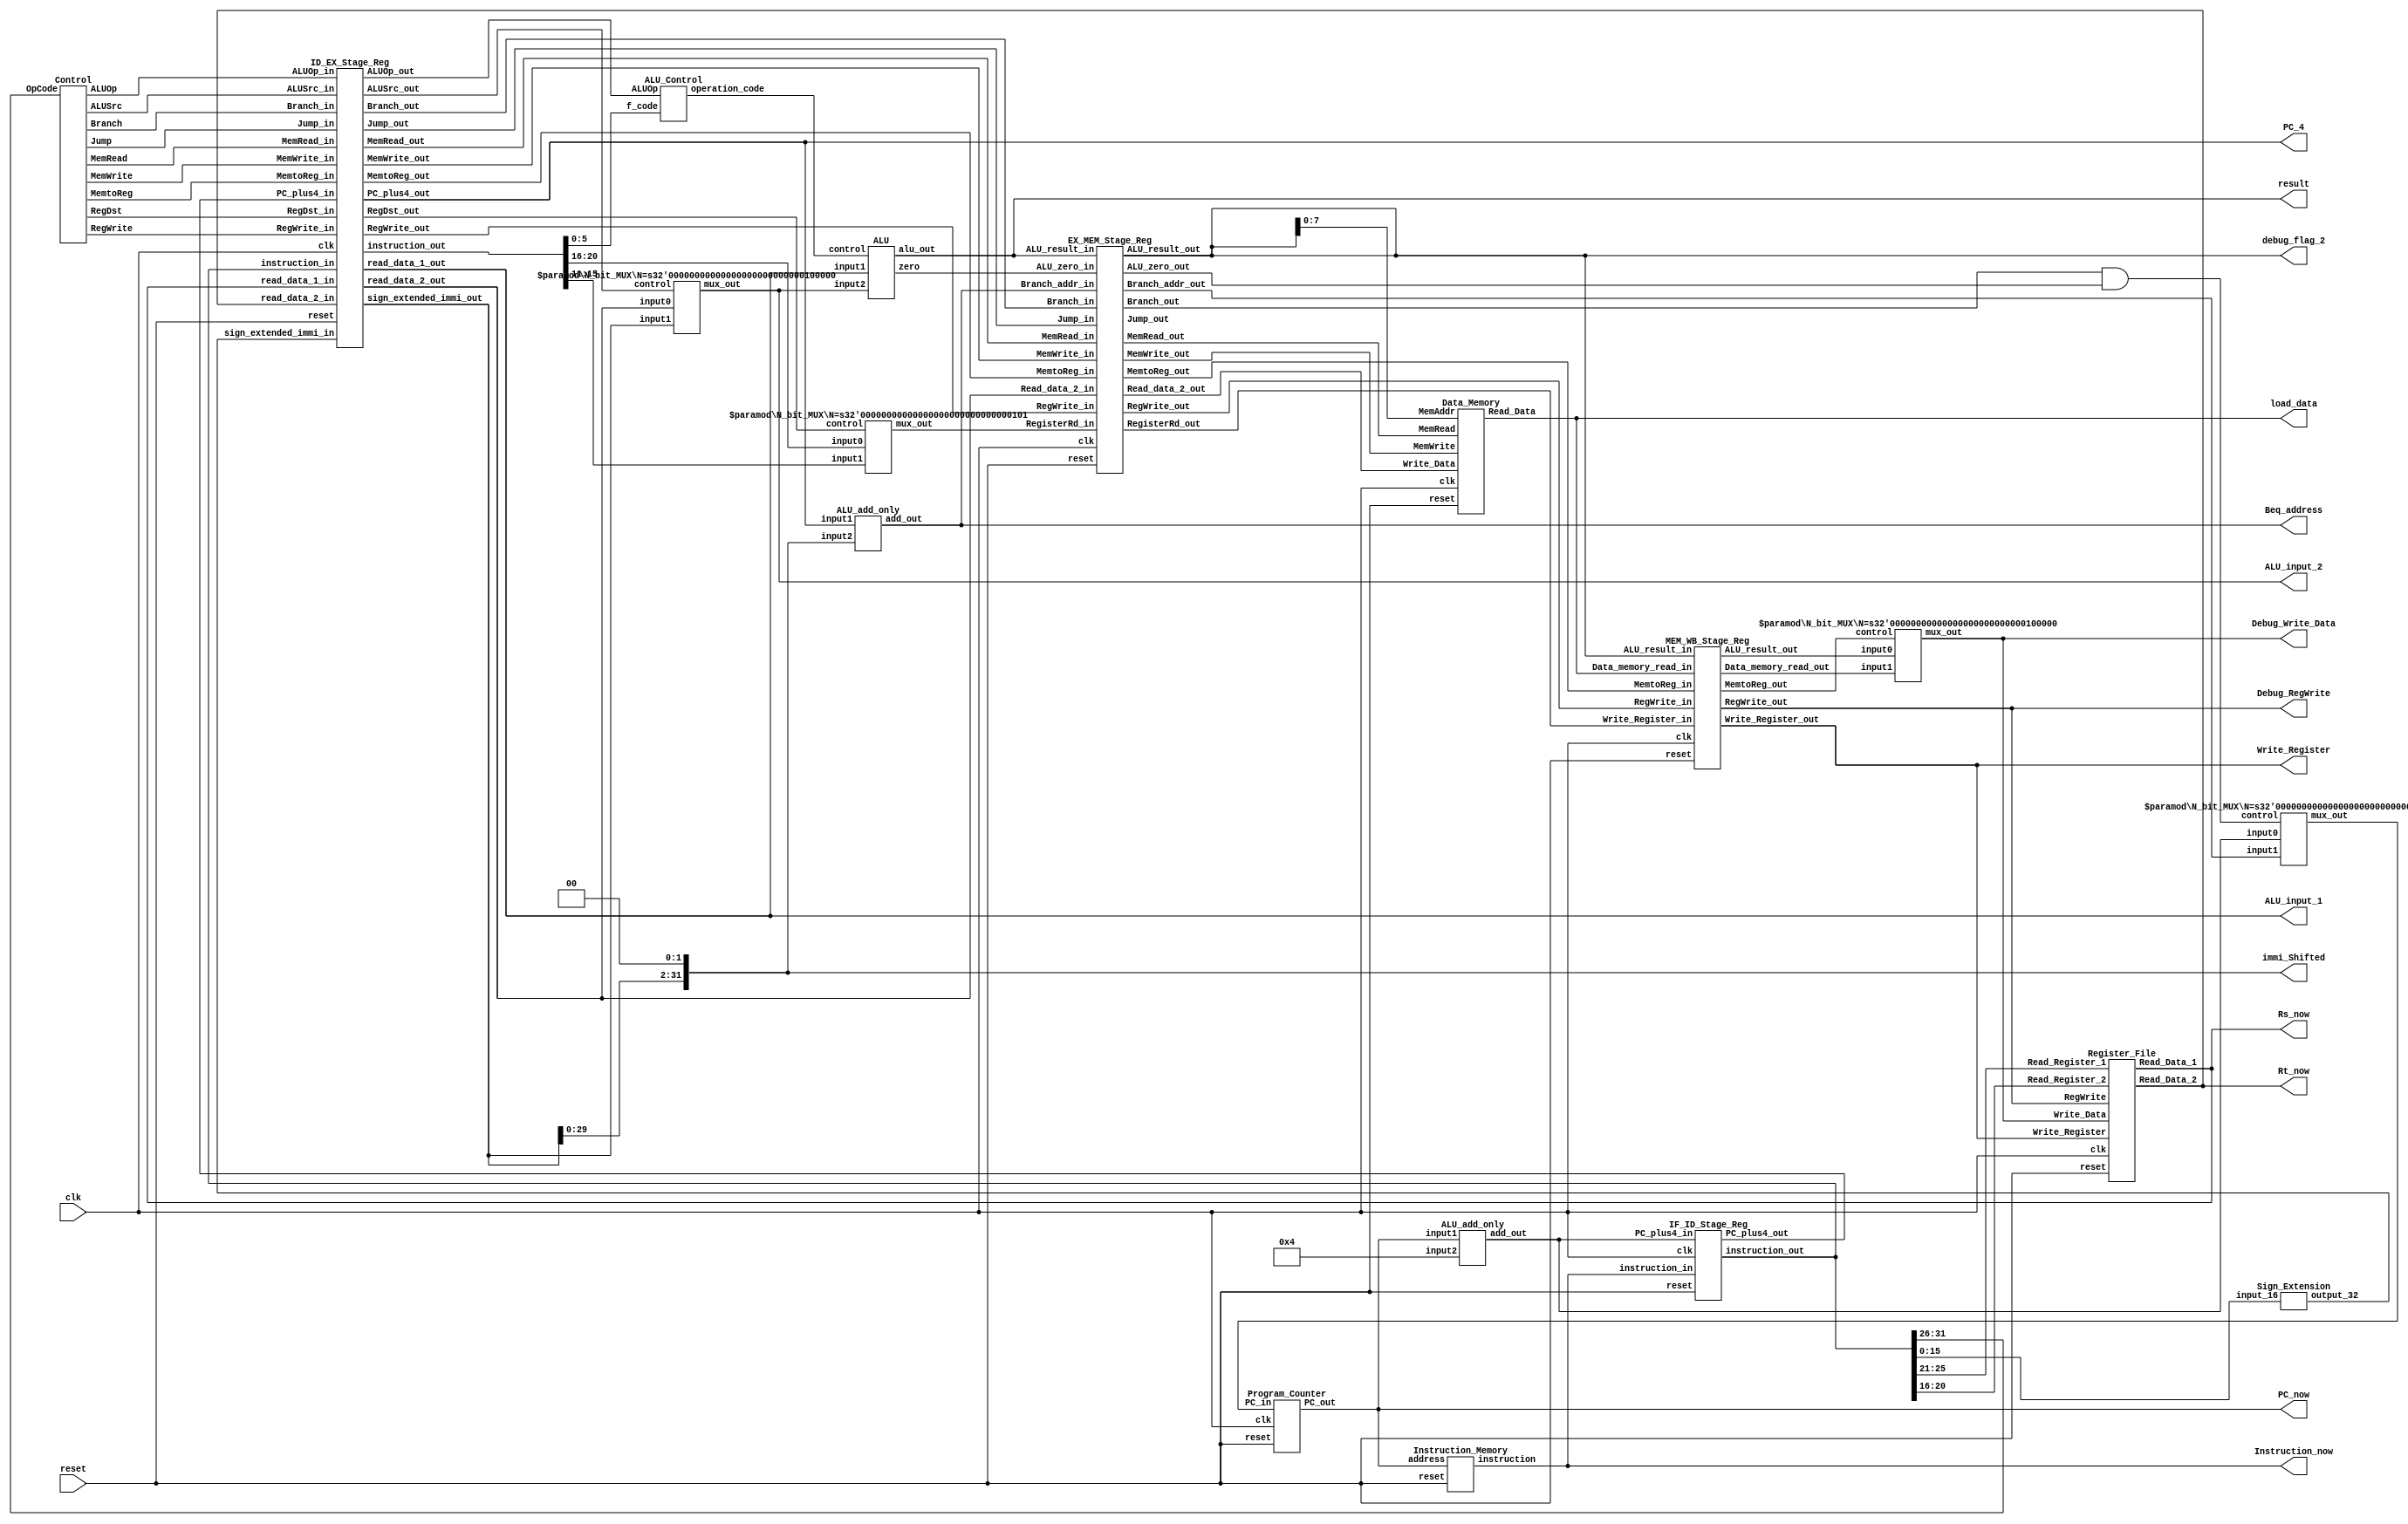
`timescale 1ns / 1ps
//////////////////////////////////////////////////////////////////////////////////
// Company: Hanyang Univ.
// 
// Design Name: 
// Module Name:    single_cycle_main 
// Project Name: 
// Target Devices: 
// Tool versions: 
// Description: 
//
// Dependencies: 
//
// Revision: 
// Revision 0.01 - File Created
// Additional Comments: 
// 
//////////////////////////////////////////////////////////////////////////////////

module basic_pipeline (clk, reset, result, PC_now, Instruction_now,
	Rs_now, Rt_now, ALU_input_1, ALU_input_2, immi_Shifted, PC_4,
	load_data, Beq_address, Write_Register,
	debug_flag_2, Debug_RegWrite, Debug_Write_Data);

	input clk, reset;
	output [31:0] result, load_data; // ALU result, Data_memory_read
	output [31:0] PC_now; // current PC value Debugging,  
	output [31:0] Instruction_now; // Fetch stage instruction 
	output [31:0] Rs_now, Rt_now; // output from Register File 
	output [31:0] ALU_input_1, ALU_input_2; // ALU inputs
	output [31:0] PC_4, Beq_address, immi_Shifted; // for Branch Address Debugging
	output [4:0] Write_Register; // Rd value
	output [31:0] debug_flag_2, Debug_Write_Data; // ALU_result in MEM stage, Write_Data for Register File
	output Debug_RegWrite; // RegWrite Op Flag

	// IF stage
	wire [31:0] PC_in;
	wire [31:0] PC_out;
	wire [31:0] PC_plus4;
	wire [31:0] IF_instruction;

	// ID stage
	wire [31:0] ID_PC_plus4;
	wire [31:0] ID_instruction;
	wire [31:0] Read_data_1, Read_data_2;
	wire [31:0] sign_extended_immi;
	wire ALUSrc, RegWrite;
	wire RegDst, Jump, Branch;
	wire MemRead, MemtoReg, MemWrite;
	wire [1:0] ALUOp;

	// EX stage
	wire [31:0] EX_PC_plus4;
	wire [31:0] EX_instruction;
	wire [31:0] EX_Read_data_1, EX_Read_data_2;
	wire [31:0] EX_sign_extended_immi;
	wire EX_ALUSrc, EX_RegWrite;
	wire EX_RegDst, EX_Jump, EX_Branch;
	wire EX_MemRead, EX_MemtoReg, EX_MemWrite;
	wire [1:0] EX_ALUOp;
	wire [4:0] EX_Write_Register;
	wire [3:0] operation_code;

	wire [31:0] Branch_addr;
	wire [31:0] Shifted_immi;
	wire [31:0] ALU_input_B;
	wire [31:0] ALU_result;
	wire ALU_zero;

	// MEM stage
	wire [31:0] MEM_ALU_result, MEM_Read_data_2;
	wire [4:0] MEM_Write_Register;
	wire [31:0] Data_memory_read;
	wire [31:0] MEM_Branch_addr;
	wire MEM_RegWrite, MEM_MemtoReg, MEM_Branch;
	wire MEM_MemRead, MEM_MemWrite, MEM_Jump;
	wire MEM_ALU_zero;
	wire PCSrc;

	// WB stage
	wire [31:0] WB_Data_memory_read, WB_ALU_result;
	wire [4:0] WB_Write_Register;
	wire [31:0] WB_Write_Data;
	wire WB_RegWrite, WB_MemtoReg;

	//////////////////////////////////
	//// Instruction Fetch stage /////
	//////////////////////////////////
	N_bit_MUX #(32) pc_mux (.input0(PC_plus4), .input1(MEM_Branch_addr), 
	 .mux_out(PC_in), .control(PCSrc));
	Program_Counter program_counter (.clk(clk), .reset(reset),
	 .PC_in(PC_in), .PC_out(PC_out));
	Instruction_Memory instruction_memory (.address(PC_out),
	 .instruction(IF_instruction), .reset(reset));
	ALU_add_only pc_add_4 (.input1(PC_out), .input2(32'b0100), .add_out(PC_plus4));
	IF_ID_Stage_Reg IF_ID_Stage_Unit (.clk(clk), .reset(reset),
	 .PC_plus4_in(PC_plus4), .PC_plus4_out(ID_PC_plus4),
	 .instruction_in(IF_instruction), .instruction_out(ID_instruction));
	
	assign PC_now = PC_out;
	assign Instruction_now = IF_instruction;

	//////////////////////////////////
	//// Instruction Decode stage ////
	//////////////////////////////////
	assign Debug_RegWrite = WB_RegWrite;
	assign Debug_Write_Data = WB_Write_Data;

	Register_File regfile_Unit (.clk(clk), .reset(reset),
	 .Read_Register_1(ID_instruction[25:21]), 
	 .Read_Register_2(ID_instruction[20:16]), 
	 .Write_Register(WB_Write_Register), .Write_Data(WB_Write_Data),
	 .Read_Data_1(Read_data_1), .Read_Data_2(Read_data_2), .RegWrite(WB_RegWrite));
	Sign_Extension immi_sign_extension (.input_16(ID_instruction[15:0]), .output_32(sign_extended_immi));
	Control control_unit (.OpCode(ID_instruction[31:26]),
	 .RegDst(RegDst), .Jump(Jump), .Branch(Branch), 
	 .MemRead(MemRead), .MemtoReg(MemtoReg), .ALUOp(ALUOp), 
	 .MemWrite(MemWrite), .ALUSrc(ALUSrc), .RegWrite(RegWrite));
	ID_EX_Stage_Reg ID_EX_Stage_Unit (.clk(clk), .reset(reset),
	 .RegWrite_in(RegWrite), .RegWrite_out(EX_RegWrite),
	 .MemtoReg_in(MemtoReg), .MemtoReg_out(EX_MemtoReg),
	 .Branch_in(Branch), .Branch_out(EX_Branch),
	 .MemRead_in(MemRead), .MemRead_out(EX_MemRead),
	 .MemWrite_in(MemWrite), .MemWrite_out(EX_MemWrite), 
	 .Jump_in(Jump), .Jump_out(EX_Jump),   
	 .RegDst_in(RegDst), .RegDst_out(EX_RegDst),
	 .ALUSrc_in(ALUSrc), .ALUSrc_out(EX_ALUSrc), 
	 .ALUOp_in(ALUOp), .ALUOp_out(EX_ALUOp), 
	 .PC_plus4_in(ID_PC_plus4), .PC_plus4_out(EX_PC_plus4),
	 .read_data_1_in(Read_data_1), .read_data_1_out(EX_Read_data_1),
	 .read_data_2_in(Read_data_2), .read_data_2_out(EX_Read_data_2), 
	 .sign_extended_immi_in(sign_extended_immi), .sign_extended_immi_out(EX_sign_extended_immi), 
	 .instruction_in(ID_instruction), .instruction_out(EX_instruction));

	assign Rs_now = Read_data_1;
	assign Rt_now = Read_data_2;

	//////////////////////////////////
	///////   Execute  stage  ////////
	//////////////////////////////////
	N_bit_MUX #(5) write_reg_mux (.input0(EX_instruction[20:16]), .input1(EX_instruction[15:11]), 
	 .mux_out(EX_Write_Register), .control(EX_RegDst));
	ALU_Control alu_control_unit (.ALUOp(EX_ALUOp), .f_code(EX_instruction[5:0]), .operation_code(operation_code));
	N_bit_MUX #(32) alu_input_mux (.input0(EX_Read_data_2), .input1(EX_sign_extended_immi), 
	 .mux_out(ALU_input_B), .control(EX_ALUSrc));
	ALU alu_unit (.input1(EX_Read_data_1), .input2(ALU_input_B), 
	 .alu_out(ALU_result), .zero(ALU_zero), .control(operation_code));	
	assign Shifted_immi = { EX_sign_extended_immi[29:0], 2'b00 };
	ALU_add_only alu_add_only_unit (.input1(EX_PC_plus4), .input2(Shifted_immi), .add_out(Branch_addr)); 
	EX_MEM_Stage_Reg EX_MEM_Stage_Unit ( .clk(clk), .reset(reset),
	.RegWrite_in(EX_RegWrite), .RegWrite_out(MEM_RegWrite),
	.MemtoReg_in(EX_MemtoReg), .MemtoReg_out(MEM_MemtoReg),
	.Branch_in(EX_Branch), .Branch_out(MEM_Branch),
	.MemRead_in(EX_MemRead), .MemRead_out(MEM_MemRead),
	.MemWrite_in(EX_MemWrite),.MemWrite_out(MEM_MemWrite),
	.Jump_in(EX_Jump), .Jump_out(MEM_Jump),
	.Branch_addr_in(Branch_addr), .Branch_addr_out(MEM_Branch_addr),
	.ALU_zero_in(ALU_zero), .ALU_zero_out(MEM_ALU_zero),
	.ALU_result_in(ALU_result), .ALU_result_out(MEM_ALU_result),
	.Read_data_2_in(EX_Read_data_2), .Read_data_2_out(MEM_Read_data_2), 
	.RegisterRd_in(EX_Write_Register), .RegisterRd_out(MEM_Write_Register));

	assign PC_4 = EX_PC_plus4;
	assign immi_Shifted = Shifted_immi;
	assign ALU_input_1 = EX_Read_data_1;
	assign ALU_input_2 = ALU_input_B;
	assign Beq_address = Branch_addr;
	
	assign result = ALU_result;

	//////////////////////////////////
	///////   Memory  stage  /////////
	//////////////////////////////////
	Data_Memory data_memory_unit (.clk(clk), .reset(reset), .MemAddr(MEM_ALU_result[7:0]), 
	 .Write_Data(MEM_Read_data_2), .Read_Data(Data_memory_read), 
	 .MemRead(MEM_MemRead), .MemWrite(MEM_MemWrite));
	and (PCSrc, MEM_Branch, MEM_ALU_zero);

	assign debug_flag_2 = MEM_ALU_result;
	assign load_data = Data_memory_read;

	MEM_WB_Stage_Reg MEM_WB_Stage_Unit (.clk(clk), .reset(reset),
	.RegWrite_in(MEM_RegWrite), .RegWrite_out(WB_RegWrite), 
	.MemtoReg_in(MEM_MemtoReg), .MemtoReg_out(WB_MemtoReg), 
	.Data_memory_read_in(Data_memory_read), .Data_memory_read_out(WB_Data_memory_read), 
	.ALU_result_in(MEM_ALU_result), .ALU_result_out(WB_ALU_result),
	.Write_Register_in(MEM_Write_Register), .Write_Register_out(WB_Write_Register));
	
	//////////////////////////////////
	///   Write Back stage      //////
	//////////////////////////////////
	N_bit_MUX #(32) write_data_mux (.input0(WB_ALU_result), .input1(WB_Data_memory_read), 
	 .mux_out(WB_Write_Data), .control(WB_MemtoReg));

	assign Write_Register = WB_Write_Register;
endmodule

// IF/ID stage register
module IF_ID_Stage_Reg (clk, reset, PC_plus4_in, PC_plus4_out, 
	instruction_in, instruction_out);

	input clk, reset;
	input [31:0] PC_plus4_in, instruction_in;

	output reg [31:0] PC_plus4_out, instruction_out;

	always @(posedge clk or posedge reset) begin

		if (reset) begin
			PC_plus4_out <= 32'b0;
			instruction_out <= 32'b0;
		end

		else begin
			PC_plus4_out <= PC_plus4_in;
			instruction_out <= instruction_in;
		end
	end
	
endmodule


// ID/EX stage register
module ID_EX_Stage_Reg (clk, reset, RegWrite_in, RegWrite_out, MemtoReg_in, MemtoReg_out,
	Branch_in, Branch_out, MemRead_in, MemRead_out, MemWrite_in, MemWrite_out,
	Jump_in, Jump_out, RegDst_in, RegDst_out, ALUSrc_in, ALUSrc_out, ALUOp_in, ALUOp_out,
	PC_plus4_in, PC_plus4_out, read_data_1_in, read_data_1_out, 
	read_data_2_in, read_data_2_out, 
	sign_extended_immi_in, sign_extended_immi_out,
	instruction_in, instruction_out);

	// WB control signal
	input RegWrite_in, MemtoReg_in;
	output reg RegWrite_out, MemtoReg_out;
	// MEM control signal
	input Branch_in, MemRead_in, MemWrite_in, Jump_in;
	output reg Branch_out, MemRead_out, MemWrite_out, Jump_out;
	// EX control signal
	input RegDst_in, ALUSrc_in;
	output reg RegDst_out, ALUSrc_out;
	input [1:0] ALUOp_in;
	output reg [1:0] ALUOp_out;
	// addr content
	input [31:0] PC_plus4_in;
	output reg [31:0] PC_plus4_out;
	// data content
	input [31:0] read_data_1_in, read_data_2_in, sign_extended_immi_in;
	output reg [31:0] read_data_1_out, read_data_2_out, sign_extended_immi_out;
	// reg content
	input [31:0] instruction_in;
	output reg [31:0] instruction_out;
	// general signal
	input clk, reset;
	
	always @(posedge clk or posedge reset) begin
		if (reset) begin
			RegWrite_out <= 1'b0; MemtoReg_out <= 1'b0;
			Branch_out <= 1'b0; MemRead_out <= 1'b0;
			MemWrite_out <= 1'b0; Jump_out <= 1'b0;
			RegDst_out <= 1'b0; ALUSrc_out <= 1'b0;
			ALUOp_out <= 2'b0;

			PC_plus4_out <= 32'b0; 
			read_data_1_out <= 32'b0; read_data_2_out <= 32'b0; 
			sign_extended_immi_out <= 32'b0;
			instruction_out <= 32'b0;	
		end

		else begin
			RegWrite_out <= RegWrite_in; MemtoReg_out <= MemtoReg_in;
			Branch_out <= Branch_in; MemRead_out <= MemRead_in;
			MemWrite_out <= MemWrite_in; Jump_out <= Jump_in;
			RegDst_out <= RegDst_in; ALUSrc_out <= ALUSrc_in;
			ALUOp_out <= ALUOp_in; PC_plus4_out <= PC_plus4_in;
			sign_extended_immi_out <= sign_extended_immi_in;
			read_data_1_out <= read_data_1_in; 
			read_data_2_out <= read_data_2_in;
			instruction_out <= instruction_in;
		end	
	end	
endmodule

// EX/MEM stage register
module EX_MEM_Stage_Reg (clk, reset,
	RegWrite_in, RegWrite_out, MemtoReg_in, MemtoReg_out, 
	Branch_in, Branch_out, MemRead_in, MemRead_out, 
	MemWrite_in, MemWrite_out, Jump_in, Jump_out,
	Branch_addr_in, Branch_addr_out, ALU_zero_in, ALU_zero_out, 
	ALU_result_in, ALU_result_out, Read_data_2_in, Read_data_2_out, 
	RegisterRd_in, RegisterRd_out);

	// WB control signal
	input RegWrite_in, MemtoReg_in;
	output reg RegWrite_out, MemtoReg_out;
	// MEM control signal
	input Branch_in, MemRead_in, MemWrite_in, Jump_in;
	output reg Branch_out, MemRead_out, MemWrite_out, Jump_out;
	// addr content
	input [31:0] Branch_addr_in;
	output reg [31:0] Branch_addr_out;
	// data content
	input ALU_zero_in;
	output reg ALU_zero_out;
	// results
	input [31:0] ALU_result_in, Read_data_2_in;
	output reg [31:0] ALU_result_out, Read_data_2_out;
	// registers
	input [4:0] RegisterRd_in;
	output reg [4:0] RegisterRd_out;
	// general signal
	input clk, reset;

	always @(posedge clk or posedge reset) begin
		if (reset) begin
		  RegWrite_out <= 1'b0; MemtoReg_out <= 1'b0;
		  Branch_out <= 1'b0; MemRead_out <= 1'b0;
		  MemWrite_out <= 1'b0; Jump_out <= 1'b0;
		  Branch_addr_out <= 32'b0; ALU_zero_out <= 1'b0;
		  ALU_result_out <= 32'b0; Read_data_2_out <= 32'b0;
		  RegisterRd_out <= 5'b0; 
		end

		else begin
		  RegWrite_out <= RegWrite_in; MemtoReg_out <= MemtoReg_in;
		  Branch_out <= Branch_in; MemRead_out <= MemRead_in;
		  MemWrite_out <= MemWrite_in; Jump_out <= Jump_in;
		  Branch_addr_out <= Branch_addr_in; ALU_zero_out <= ALU_zero_in;
		  ALU_result_out <= ALU_result_in; Read_data_2_out <= Read_data_2_in;
		  RegisterRd_out <= RegisterRd_in;
		end

	end

endmodule

// MEM/WB stage register
module MEM_WB_Stage_Reg (RegWrite_in, RegWrite_out,
	MemtoReg_in, MemtoReg_out, 
	Data_memory_read_in, Data_memory_read_out,
	ALU_result_in, ALU_result_out,
	Write_Register_in, Write_Register_out, clk, reset);
	
	// WB control signal
	input RegWrite_in, MemtoReg_in;
	output reg RegWrite_out, MemtoReg_out;
	// data content
	input [31:0] Data_memory_read_in, ALU_result_in;
	output reg [31:0] Data_memory_read_out, ALU_result_out;
	input [4:0] Write_Register_in;
	output reg [4:0] Write_Register_out;
	// general signal
	input clk, reset;
	
	always @(posedge clk or posedge reset) begin
		if (reset) begin
			RegWrite_out <= 1'b0; MemtoReg_out <= 1'b0;
			Data_memory_read_out <= 32'b0;  ALU_result_out <= 32'b0;
			Write_Register_out <= 5'b0;
		end

		else begin
			RegWrite_out <= RegWrite_in; MemtoReg_out <= MemtoReg_in;
			Data_memory_read_out <= Data_memory_read_in; ALU_result_out <= ALU_result_in;
			Write_Register_out <= Write_Register_in;
		end
	end
endmodule

// PC
module Program_Counter (clk, reset, PC_in, PC_out);

	input clk, reset;
	input [31:0] PC_in;

	output reg [31:0] PC_out;

	always @ (posedge clk or posedge reset)	begin
		if(reset)
			PC_out <= 0;
		else
			PC_out <= PC_in;
	end
endmodule

// contains hard-code instructions
module Instruction_Memory (address, instruction, reset);
	input reset;
	input [31:0] address;
	output [31:0] instruction;

	reg [31:0] mem [7:0]; // 8 instructions
	integer k;
	
	// get instruction right away
	assign instruction = mem[address[6:2]];

	// Initial setup at reset posedge
	always @(posedge reset) begin
		for (k = 0; k < 8; k = k + 1) begin
			mem[k] = 32'b0; // add $0 $0 $0
		end

		mem[0] = 32'b000000_00011_00100_00010_00000_100000; // add $2, $3, $4
		mem[1] = 32'b000000_00011_00100_00001_00000_100010; // sub $1, $3, $4
		mem[2] = 32'b100011_00110_00101_0000000000000000; // lw $5, 0($6)
		mem[3] = 32'b000100_00011_00100_1111111111111100; // beq $3, $4, Label (-4)
	end
endmodule

// 32-bit ALU for addition only
module ALU_add_only (input1, input2, add_out);
	input [31:0] input1, input2;
	output [31:0] add_out;

	assign add_out=input1+input2;
endmodule

// N_bit_MUX for Usability
module N_bit_MUX (input0, input1, mux_out, control);
	parameter N = 32;
	
	input [N-1:0] input0, input1;
	input control;
	output [N-1:0] mux_out;

	assign mux_out = control ? input1 : input0;
endmodule

// sync register file (write/read occupy half cycle each)
// write: on rising edge; data width 32 bit; address width 5 bit
// read: on falling edge; data width 32 bit; address width 5 bit
module Register_File (Read_Register_1, Read_Register_2, 
	Write_Register, Write_Data, Read_Data_1, Read_Data_2, 
	RegWrite, clk, reset);

	input [4:0] Read_Register_1, Read_Register_2, Write_Register;
	input [31:0] Write_Data;
	input clk, reset, RegWrite;
	output reg [31:0] Read_Data_1, Read_Data_2;

	reg [31:0] mem [31:0];
	integer k;
 	
	always @(posedge clk or posedge reset) begin
		if (reset) begin
			for (k = 0; k < 32; k = k + 1) begin
				mem[k] = 32'b0;
			end
			mem[3] = 32'b0011;
			mem[4] = 32'b0011;
			mem[6] = 32'h0000_0040;
		end
		
		else if (RegWrite)
			mem[Write_Register] = Write_Data; 
	end

	always @(negedge clk) begin
		Read_Data_1 = mem[Read_Register_1];
		Read_Data_2 = mem[Read_Register_2];
	end
endmodule

// sign-extend the 16-bit input to the 32_bit output
module Sign_Extension (input_16, output_32);
	input [15:0] input_16;
	output [31:0] output_32;
	
	assign output_32[15:0]  = input_16[15:0];
	assign output_32[31:16] = input_16[15] ? 16'b1111_1111_1111_1111: 16'b0;
endmodule

// Control Path
module Control (OpCode, RegDst, Jump, Branch, MemRead, MemtoReg, ALUOp, MemWrite, ALUSrc, RegWrite);
	input [5:0] OpCode;
	output [1:0] ALUOp;
	output RegDst, Jump, Branch, MemRead, MemtoReg, MemWrite, ALUSrc, RegWrite;

	// 000000 : add, sub, and, or, slt
	// 001000 : addi 
	// 100011 : lw
	// 101011 : sw
	// 000100 : beq
	// 000010 : j

	// 000000 (R-format)
	assign RegDst=(~OpCode[5])&(~OpCode[4])&(~OpCode[3])&(~OpCode[2])&(~OpCode[1])&(~OpCode[0]);
	// 000000 (R-format)
	assign ALUOp[1]=(~OpCode[5])&(~OpCode[4])&(~OpCode[3])&(~OpCode[2])&(~OpCode[1])&(~OpCode[0]);
	// 000100 (beq)
	assign ALUOp[0]=(~OpCode[5])&(~OpCode[4])&(~OpCode[3])&(OpCode[2])&(~OpCode[1])&(~OpCode[0]);
	// 100011 (lw), 101011 (sw)
	assign ALUSrc=((OpCode[5])&(~OpCode[4])&(~OpCode[3])&(~OpCode[2])&(OpCode[1])&(OpCode[0]))  | 
					  ((OpCode[5])&(~OpCode[4])&(OpCode[3])&(~OpCode[2])&(OpCode[1])&(OpCode[0])); 
	// 000100 (beq)
	assign Branch=(~OpCode[5])&(~OpCode[4])&(~OpCode[3])&(OpCode[2])&(~OpCode[1])&(~OpCode[0]);
	// 100011 (lw)
	assign MemRead=(OpCode[5])&(~OpCode[4])&(~OpCode[3])&(~OpCode[2])&(OpCode[1])&(OpCode[0]);
	// 101011 (sw)
	assign MemWrite=(OpCode[5])&(~OpCode[4])&(OpCode[3])&(~OpCode[2])&(OpCode[1])&(OpCode[0]);
	// 100011 (lw)
	assign MemtoReg=(OpCode[5])&(~OpCode[4])&(~OpCode[3])&(~OpCode[2])&(OpCode[1])&(OpCode[0]);
	// 000000 (R-format), 001000 (addi), 001100, 100011 (lw)
	assign RegWrite=((~OpCode[5])&(~OpCode[4])&(~OpCode[3])&(~OpCode[2])&(~OpCode[1])&(~OpCode[0]))|
 	                ((~OpCode[5])&(~OpCode[4])&(OpCode[3])&(~OpCode[2])&(~OpCode[1])&(~OpCode[0])) |
						 ((OpCode[5])&(~OpCode[4])&(~OpCode[3])&(~OpCode[2])&(OpCode[1])&(OpCode[0]));
	// 000010 (j)
	assign Jump=(~OpCode[5])&(~OpCode[4])&(~OpCode[3])&(~OpCode[2])&(OpCode[1])&(~OpCode[0]);
endmodule

module ALU_Control (ALUOp, f_code, operation_code);
	input [1:0] ALUOp;
	input [5:0] f_code;
	output [3:0] operation_code;
	
	assign operation_code[3]=0;
	// 0  1   | x x x x x x branch => subtract
	// 1  0   | x x 0 0 1 0 => R-type subtract
	// 1  0   | x x 1 0 1 0 => R-type slt
	assign operation_code[2]=((~ALUOp[1])&(ALUOp[0])) |
						((ALUOp[1])&(~ALUOp[0])&(~f_code[3])&(~f_code[2])&(f_code[1])&(~f_code[0])) |
						((ALUOp[1])&(~ALUOp[0])&(f_code[3])&(~f_code[2])&(f_code[1])&(~f_code[0]));
	// 0  0   | x x x x x x lw or sw => add	
	// 0  1   | x x x x x x branch => subtract
	// 1  0   | x x 0 0 0 0 => R-type add 
	// 1  0   | x x 0 0 1 0 => R-type subtract
	// 1  0   | x x 1 0 1 0 => R-type slt
	assign operation_code[1]=((~ALUOp[1])&(~ALUOp[0])) |
							   ((~ALUOp[1])&(ALUOp[0]))  |
								((ALUOp[1])&(~ALUOp[0])&(~f_code[3])&(~f_code[2])&(~f_code[1])&(~f_code[0])) |
								((ALUOp[1])&(~ALUOp[0])&(~f_code[3])&(~f_code[2])&(f_code[1])&(~f_code[0]))  | 
								((ALUOp[1])&(~ALUOp[0])&(f_code[3])&(~f_code[2])&(f_code[1])&(~f_code[0]));
	// ALU OP | f_code field
	// 1  0   | x x 0 1 0 1 => R-type Or 
	// 1  0   | x x 1 0 1 0 => R-type slt
	assign operation_code[0]=((ALUOp[1])&(~ALUOp[0])&(~f_code[3])&(f_code[2])&(~f_code[1])&(f_code[0])) | 
								((ALUOp[1])&(~ALUOp[0])&(f_code[3])&(~f_code[2])&(f_code[1])&(~f_code[0]));	

endmodule

// 32-bit ALU
module ALU (input1, input2, alu_out, zero, control);
	// TODO : negative number handling
	input [31:0] input1, input2;
	input [3:0] control;

	output reg [31:0] alu_out;
	output reg zero;

	always @ (control or input1 or input2) begin
		case (control)
			// and
			4'b0000: begin alu_out<=input1&input2; zero<=0; end
			// or
			4'b0001: begin alu_out<=input1|input2; zero<=0; end
			// add
			4'b0010: begin alu_out<=input1+input2; zero<=0; end
			// subtract
			4'b0110: begin 
				if(input1 == input2) 
					zero <= 1; 
				else 
					zero <= 0; 
					alu_out <= input1 - input2; 
				end
			// slt 
			4'b0111: begin 
				zero <= 0; 
				if(input1 - input2 >= 32'h8000_0000) 
					alu_out <= 32'b1; 
				else
					alu_out <= 32'b0; 
				end
		default: begin 
			zero <= 0; 
			alu_out <= input1;
		end
		endcase
	end
endmodule

// Referred Previous Memory Project 
module Data_Memory (MemAddr, Write_Data, Read_Data, clk, reset, MemRead, MemWrite);
	input clk, reset;
	input MemRead, MemWrite;

	input [7:0] MemAddr;
	input [31:0] Write_Data;

	output reg [31:0] Read_Data;

	reg [31:0] mem [63:0];
	integer k;

	always @(*) begin
		if (reset) begin
			for (k = 0; k < 64; k = k + 1) begin
				mem[k] = 32'b0;
			end
			mem[16] = 30;
		end

		else
			if (MemRead && !MemWrite) begin
				Read_Data = mem[MemAddr[7:2]];
			end

			else if (!MemRead && MemWrite) begin
				mem[MemAddr[7:2]] = Write_Data;
			end

		else begin
			Read_Data = 32'bx;
		end
	end
endmodule